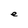
Character: e